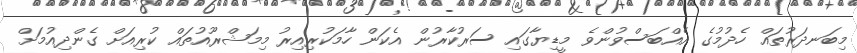
މިބަނދަރުތައް ހެދުމުގެ އެއްބަސްވުންވެ މީޑިޔާގައި ސަރުކާރުން އެކަން ހާމަކުރިއިރު މިމަޝްރޫއުތައް ކުރިއަށް ގެންދިއުމަށް